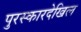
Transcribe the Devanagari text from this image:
पुरस्कारदेखिल